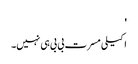
'
اکیلی مسرت بی بی ہی نہیں۔